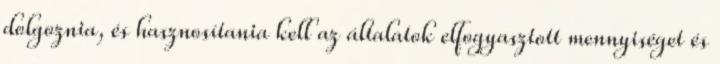
dolgoznia, és hasznosítania kell az általatok elfogyasztott mennyiséget és